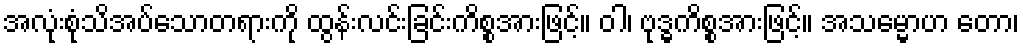
အလုံးစုံသိအပ်သောတရားကို ထွန်းလင်းခြင်းကိစ္စအားဖြင့်။ ဝါ၊ ဗုဒ္ဓကိစ္စအားဖြင့်။ အသမ္မောဟ တော၊